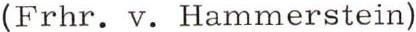
(Frhr. v. Hammerstein)